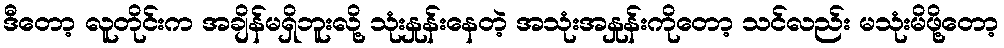
ဒီတော့ လူတိုင်းက အချိန်မရှိဘူးလို့ သုံးနှုန်းနေတဲ့ အသုံးအနှုန်းကိုတော့ သင်လည်း မသုံးမိဖို့တော့